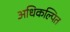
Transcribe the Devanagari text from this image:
अधिकल्पित